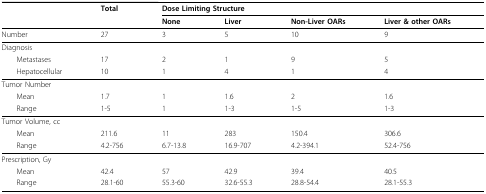
<table><thead><tr><td></td><td><b>Total</b></td><td colspan="4"><b>Dose Limiting Structure</b></td></tr><tr><td></td><td></td><td><b>None</b></td><td><b>Liver</b></td><td><b>Non-Liver OARs</b></td><td><b>Liver &amp; other OARs</b></td></tr></thead><tbody><tr><td>Number</td><td>27</td><td>3</td><td>5</td><td>10</td><td>9</td></tr><tr><td>Diagnosis</td><td></td><td></td><td></td><td></td><td></td></tr><tr><td> Metastases</td><td>17</td><td>2</td><td>1</td><td>9</td><td>5</td></tr><tr><td> Hepatocellular</td><td>10</td><td>1</td><td>4</td><td>1</td><td>4</td></tr><tr><td>Tumor Number</td><td></td><td></td><td></td><td></td><td></td></tr><tr><td> Mean</td><td>1.7</td><td>1</td><td>1.6</td><td>2</td><td>1.6</td></tr><tr><td> Range</td><td>1-5</td><td>1</td><td>1-3</td><td>1-5</td><td>1-3</td></tr><tr><td>Tumor Volume, cc</td><td></td><td></td><td></td><td></td><td></td></tr><tr><td> Mean</td><td>211.6</td><td>11</td><td>283</td><td>150.4</td><td>306.6</td></tr><tr><td> Range</td><td>4.2-756</td><td>6.7-13.8</td><td>16.9-707</td><td>4.2-394.1</td><td>52.4-756</td></tr><tr><td>Prescription, Gy</td><td></td><td></td><td></td><td></td><td></td></tr><tr><td> Mean</td><td>42.4</td><td>57</td><td>42.9</td><td>39.4</td><td>40.5</td></tr><tr><td> Range</td><td>28.1-60</td><td>55.3-60</td><td>32.6-55.3</td><td>28.8-54.4</td><td>28.1-55.3</td></tr></tbody></table>